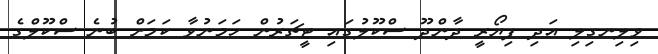
ވިލިނގިލި އަދި ފިޔޯރީ ދާންދޫ ސްކޫލުގައި ޓީޗަރުން ހަމަނުވާ ކަމަށް ބުނެ ސްކޫލްގެ